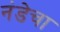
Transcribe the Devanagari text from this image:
नंडेचा